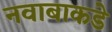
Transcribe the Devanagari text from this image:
नवाबाकडे